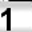
Digit: 1